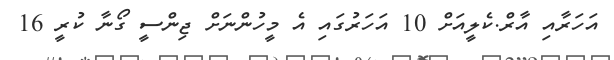
އަހަރާއި އާރް.ކެލީއަށް 10 އަހަރުގައި އެ މީހުންނަށް ޖިންސީ ގޯނާ ކުރީ 16